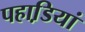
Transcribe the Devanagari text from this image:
पहाडि़यां